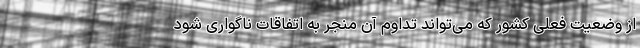
از وضعیت فعلی کشور که می‌تواند تداوم آن منجر به اتفاقات ناگواری شود